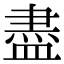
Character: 盡